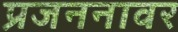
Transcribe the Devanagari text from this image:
प्रजननावर